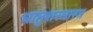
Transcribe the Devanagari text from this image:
धातुशस्त्रास्त्र